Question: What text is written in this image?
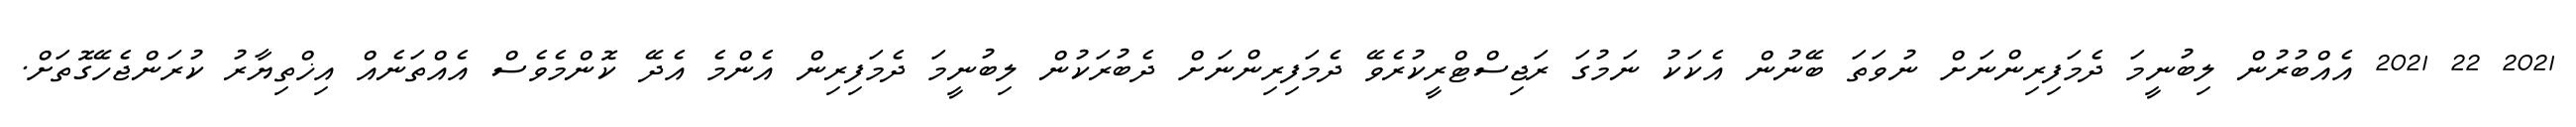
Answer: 2021 22 2021 އެއްބުރުން ލިބުނީމަ ދެމަފިރިންނަށް ނުވަތަ ބޭނުން އެކަކު ނަމުގަ ރަޖިސްޓްރީކުރެވޭ ދެމަފިރިންނަށް ދެބުރަކުން ލިބުނީމަ ދެމަފިރިން އެންމެ އެދޭ ކޮންމެވެސް އެއްތަނެއް އިޚްތިޔާރު ކުރަންޖެހޭގޮތަށް.